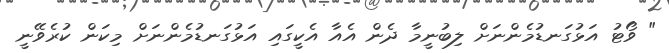
" ވޯޓު އަޅުގަނޑުމެންނަށް ލިބުނީމާ ދެން އެއާ އެކީގައި އަޅުގަނޑުމެންނަށް މިކަން ކުރެވޭނީ